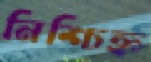
নিশ্চিহ্ন